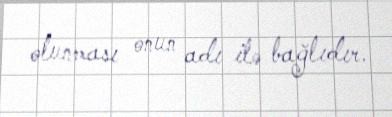
olunması onun adı ilə bağlıdır.